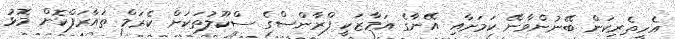
އެހީތެރިކަން ބޭނުންވާނޭ ކަމަށާއި އޭނާގެ އަމާޒަކީ ފްރާންސްގެ ސްކޫލުތަކަށް ކެރަމް ތައާރަފްކޮށް މޮޅު